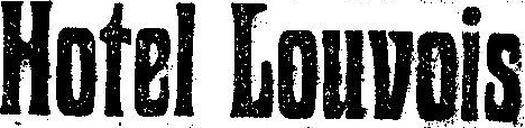
Hotel Louvois